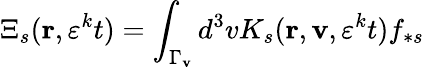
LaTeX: \Xi_{s}(\mathbf{r},\varepsilon^{k}t)=\int_{\Gamma_{\mathbf{v}}}d^{3}vK_{s}(\mathbf{r},\mathbf{v},\varepsilon^{k}t)f_{\ast s}